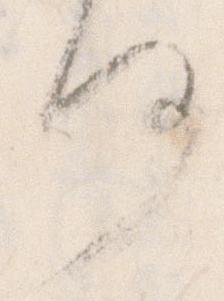
何